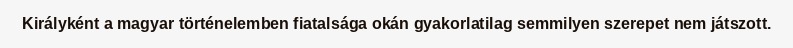
Királyként a magyar történelemben fiatalsága okán gyakorlatilag semmilyen szerepet nem játszott.